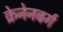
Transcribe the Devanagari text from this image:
क्रेनेनबर्ग